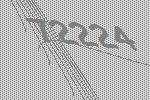
72224